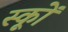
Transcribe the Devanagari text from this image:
स्कूों